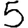
Digit: 5